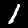
Digit: 1